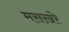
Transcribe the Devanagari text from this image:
मसख़रे